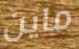
ماين